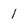
Character: 1